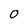
Character: O